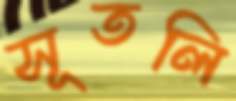
সূতলি